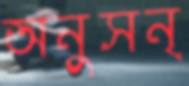
অনুসন্